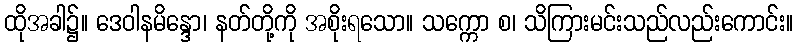
ထိုအခါ၌။ ဒေဝါနမိန္ဒော၊ နတ်တို့ကို အစိုးရသော။ သက္ကော စ၊ သိကြားမင်းသည်လည်းကောင်း။